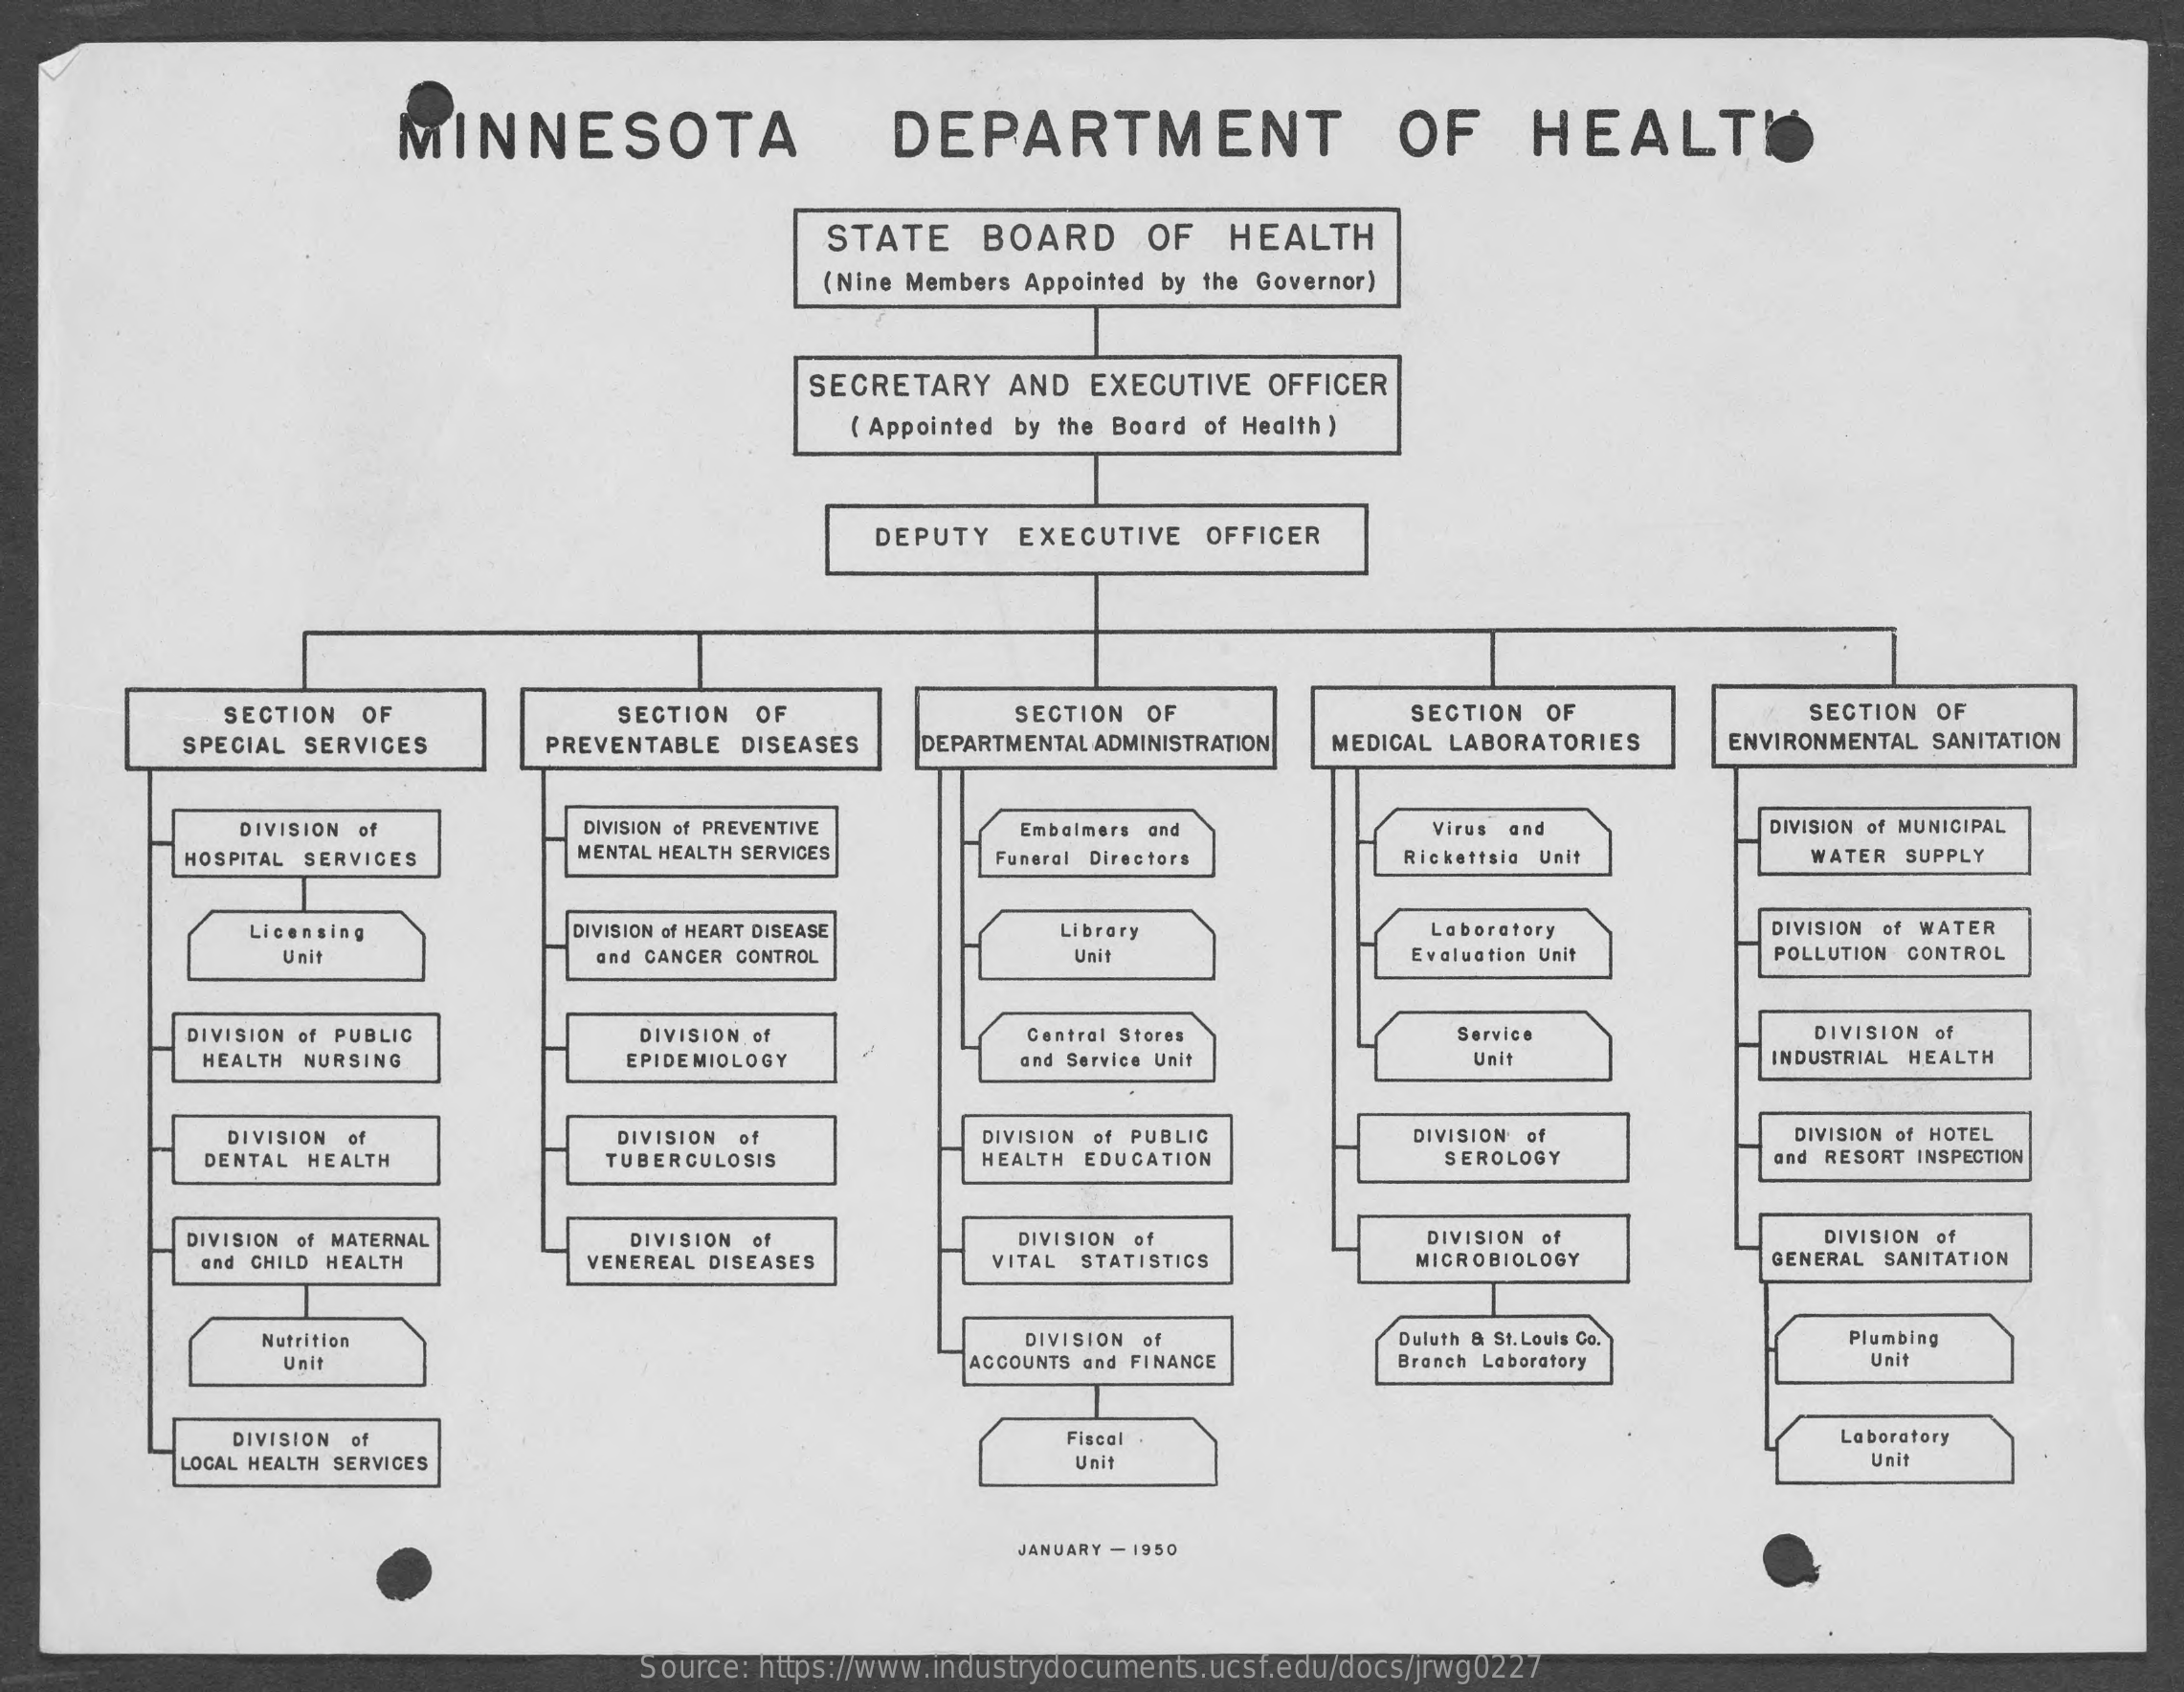
MINNESOTA    DEPARTMENT    OF    HEALTH
     STATE   BOARD    OF   HEALTH
     (Nine Members Appointed by the Governor)
     SECRETARY  AND EXECUTIVE OFFICER
     ( Appointed by the Board of Health )
     DEPUTY EXECUTIVE  OFFICER
     SECTION OF    SECTION OF    SECTION OF    SECTION OF    SECTION OF
     SPECIAL SERVICES    PREVENTABLE DISEASES DEPARTMENTAL ADMINISTRATION MEDICAL LABORATORIES ENVIRONMENTAL SANITATION
     DIVISION of    DIVISION of PREVENTIVE
     MENTAL HEALTH SERVICES
     Embalmers and    Virus and    DIVISION of MUNICIPAL
     HOSPITAL SERVICES    Funeral Directors    Rickettsia Unit    WATER SUPPLY
     Licensing    DIVISION of HEART DISEASE  Library    Laboratory    DIVISION of WATER
     Unit    and CANCER CONTROL    Unit    Evaluation Unit    POLLUTION CONTROL
     DIVISION of PUBLIC    DIVISION of    Central Stores    Service    DIVISION of
     HEALTH NURSING    EPIDEMIOLOGY    and Service Unit    Unit    INDUSTRIAL HEALTH
     DIVISION of    DIVISION of    DIVISION of PUBLIC    DIVISION of    DIVISION of HOTEL
     DENTAL HEALTH    TUBERCULOSIS    HEALTH EDUCATION    SEROLOGY    and RESORT INSPECTION
     DIVISION of MATERNAL    DIVISION of    DIVISION of    DIVISION of    DIVISION of
     and CHILD HEALTH    VENEREAL DISEASES    VITAL STATISTICS    MICROBIOLOGY    GENERAL SANITATION
     Nutrition    DIVISION of    Duluth & St. Louis Co.   Plumbing
     Unit    ACCOUNTS and FINANCE   Branch Laboratory    Unit
     DIVISION of    Fiscal    Laboratory
     LOCAL HEALTH SERVICES    Unit    Unit
     JANUARY - 1950
     Source: https://www.industrydocuments.ucsf.edu/docs/jrwg0227